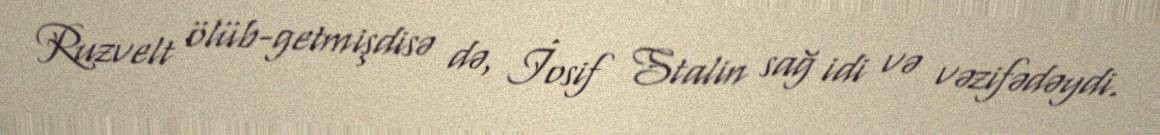
Ruzvelt ölüb-getmişdisə də, İosif Stalin sağ idi və vəzifədəydi.